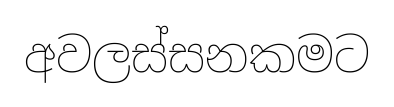
අවලස්සනකමට